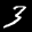
Label: 3